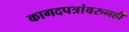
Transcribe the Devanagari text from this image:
कागदपत्रांवरुनही